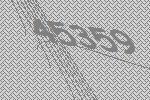
45359